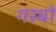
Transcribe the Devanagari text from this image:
गरबों